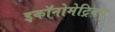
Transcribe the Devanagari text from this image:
इकॉनोमेट्रिक्स